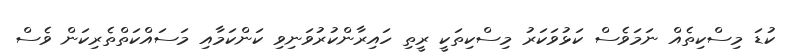
ކުޑަ މިސްކިތެއް ނަމަވެސް ކަޅުވަކަރު މިސްކިތަކީ ރީތި ހައިރާންކުރުވަނިވި ކަންކަމާއި މަސައްކަތްތެރިކަން ވެސް